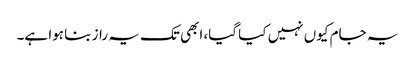
یہ جام کیوں نہیں کیا گیا، ابھی تک یہ راز بنا ہوا ہے۔